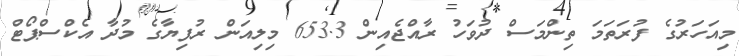
މިއަހަރުގެ ފުރަތަމަ ތިންމަސް ދުވަހު ރާއްޖެއިން 653.3 މިލިއަން ރުފިޔާގެ މުދާ އެކްސްޕޯޓް